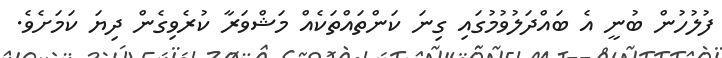
ފުލުހުން ބުނީ އެ ބައްދަލުވުމުގައި ގިނަ ކަންތައްތަކެއް މަޝްވަރާ ކުރެވިގެން ދިޔަ ކަމަށެވެ.